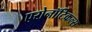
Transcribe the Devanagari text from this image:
एरोनॉटिकल्स